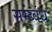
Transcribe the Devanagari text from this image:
सम्ब्वंध